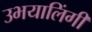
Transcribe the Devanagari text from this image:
उभयालिंगी